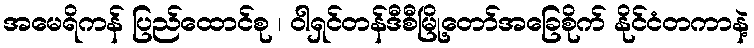
အမေရိကန် ပြည်ထောင်စု ၊ ဝါရှင်တန်ဒီစီမြို့တော်အခြေစိုက် နိုင်ငံတကာနဲ့